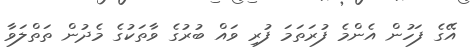
އޭގެ ފަހުން އެންމެ ފުރަތަމަ ފުރި ވައް ބުރުގެ ވާތަކުގެ މެދުން ތަތްލަވާ